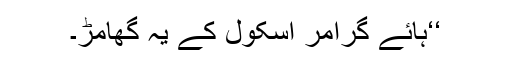
‘‘ہائے گرامر اسکول کے یہ گھامڑ۔